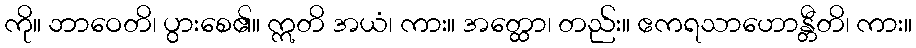
ကို။ ဘာဝေတိ၊ ပွားစေ၏။ ဣတိ အယံ၊ ကား။ အတ္ထော၊ တည်း။ ဧကရသာဟောန္တီတိ၊ ကား။